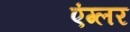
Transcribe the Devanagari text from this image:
एंग्लर